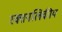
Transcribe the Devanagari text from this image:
रक्तनलिकीय